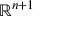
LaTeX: \mathbb { R } ^ { n + 1 }